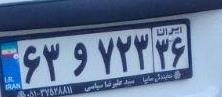
۶۳و۷۲۳۳۶